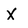
Character: X